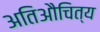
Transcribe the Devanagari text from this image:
अतिऔचित्य